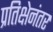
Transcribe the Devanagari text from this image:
प्रतिक्षेनंतर